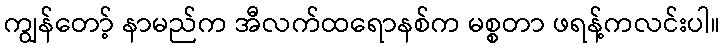
ကျွန်တော့် နာမည်က အီလက်ထရောနစ်က မစ္စတာ ဖရန့်ကလင်းပါ။